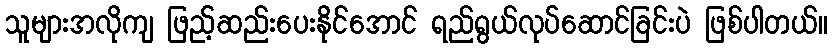
သူများအလိုကျ ဖြည့်ဆည်းပေးနိုင်အောင် ရည်ရွယ်လုပ်ဆောင်ခြင်းပဲ ဖြစ်ပါတယ်။